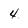
Character: 4